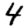
Digit: 4